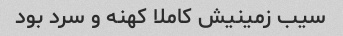
سیب زمینیش کاملا کهنه و سرد بود